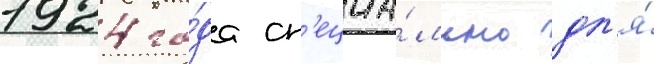
1924 го́да сп'ециа́льно дл'я́